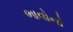
ભાવોનો